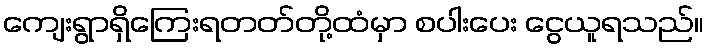
ကျေးရွာရှိကြေးရတတ်တို့ထံမှာ စပါးပေး ငွေယူရသည်။